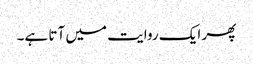
پھر ایک روایت میں آتا ہے۔